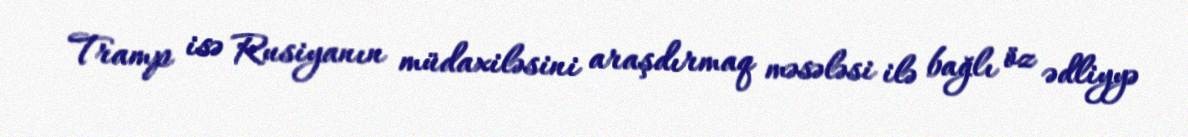
Tramp isə Rusiyanın müdaxiləsini araşdırmaq məsələsi ilə bağlı öz ədliyyə